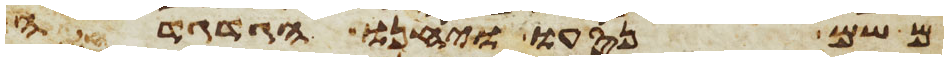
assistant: משם נסעו ויחנו הגדגדה